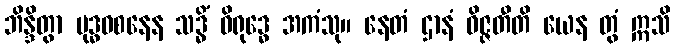
ဘိန္ဒိတွာ ဗုဒ္ဓဝစနေန သဒ္ဓိံ ဝိရုဒ္ဓေ အကံသု။ နေတံ ဌာနံ ဝိဇ္ဇတီတိ ယေန တွံ ဣသိ